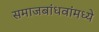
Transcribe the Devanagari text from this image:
समाजबांधवांमध्ये